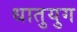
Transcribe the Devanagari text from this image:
धातुयुग